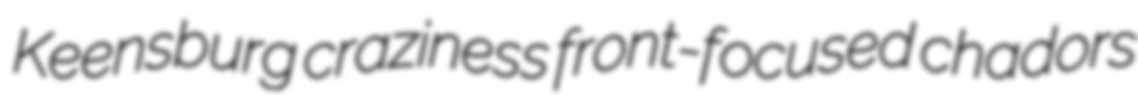
Keensburg craziness front-focused chadors